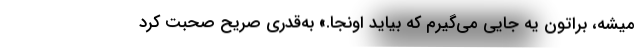
میشه، براتون یه جایی می‌گیرم که بیاید اونجا.» به‌قدری صریح صحبت کرد